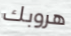
هروبك